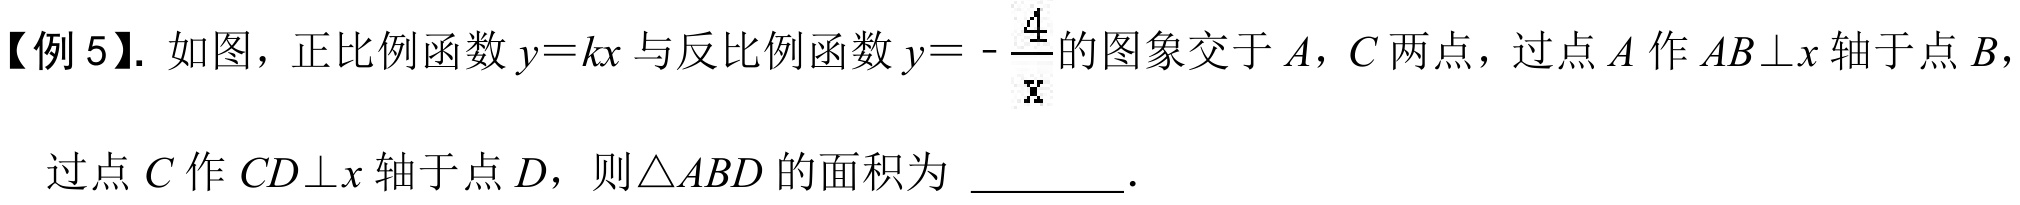
【例5】. 如图，正比例函数$y = kx$与反比例函数$y=-\frac{4}{x}$的图象交于$A,C$两点，过点$A$作$AB\perp x$轴于点$B$，
过点$C$作$CD\perp x$轴于点$D$，则$\triangle ABD$的面积为 \_\_\_\_\_ .